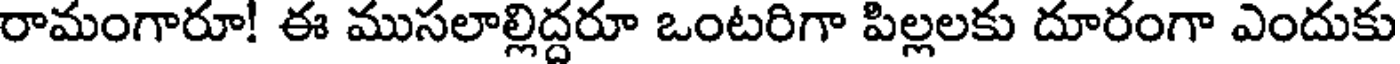
రామంగారూ! ఈ ముసలాల్లిద్దరూ ఒంటరిగా పిల్లలకు దూరంగా ఎందుకు